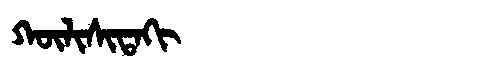
Manchu: ᡴᡡᠯᡳᠰᡳᡨᠠᡴᡳ
Romanization: KŪLISITAKI